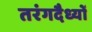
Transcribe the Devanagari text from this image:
तरंगदैध्यों